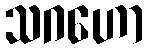
သဂဟော